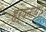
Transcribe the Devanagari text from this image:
हर्षनाथ।